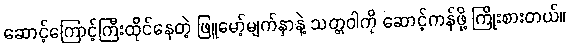
ဆောင့်ကြောင့်ကြီးထိုင်နေတဲ့ ဖြူမော့်မျက်နှာနဲ့ သတ္တဝါကို ဆောင့်ကန်ဖို့ ကြိုးစားတယ်။